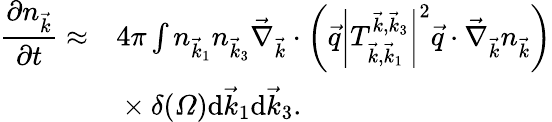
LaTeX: \begin{array}{rl}{\displaystyle\frac{\partial n_{\vec{k}}}{\partial t}\approx}&{{}4\pi\int n_{\vec{k}_{1}}n_{\vec{k}_{3}}\vec{\nabla}_{\vec{k}}\cdot\left(\vec{q}\left|T_{\vec{k},\vec{k}_{1}}^{\vec{k},\vec{k}_{3}}\right|^{2}\vec{q}\cdot\vec{\nabla}_{\vec{k}}n_{\vec{k}}\right)}\\ {\displaystyle}&{{}\times\delta(\varOmega)\mathrm d\vec{k}_{1}\mathrm d\vec{k}_{3}.}\end{array}